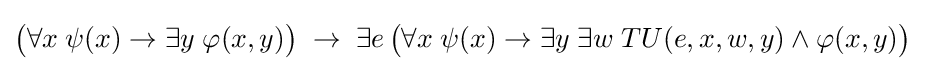
{\big (}\forall x\;\psi (x)\to \exists y\;\varphi (x,y){\big )}\;\to \;\exists e\,{\big (}\forall x\;\psi (x)\to \exists y\;\exists w\;TU(e,x,w,y)\wedge \varphi (x,y){\big )}